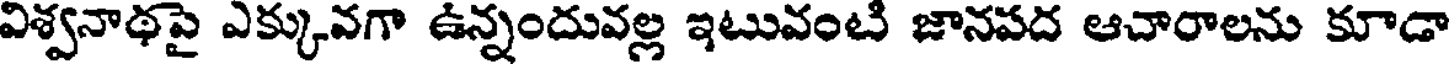
విశ్వనాథపై ఎక్కువగా ఉన్నందువల్ల ఇటువంటి జానపద ఆచారాలను కూడా